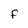
Character: f